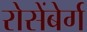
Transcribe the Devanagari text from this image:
रोसेंबेर्ग